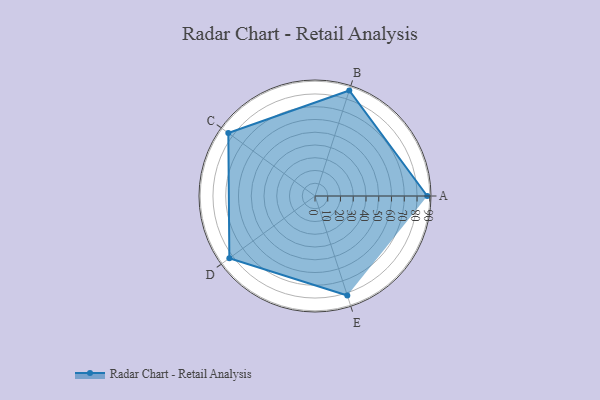
{"axis": {"x": "Skill", "y": "Score"}, "legend": ["Profile"], "data": [{"x": "A", "y": 88.0, "type": "Profile"}, {"x": "B", "y": 87.0, "type": "Profile"}, {"x": "C", "y": 84.0, "type": "Profile"}, {"x": "D", "y": 83.0, "type": "Profile"}, {"x": "E", "y": 82.0, "type": "Profile"}]}